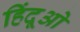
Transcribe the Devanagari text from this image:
हिंदूओ